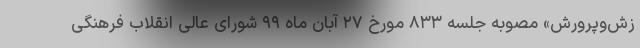
زش‌وپرورش» مصوبه جلسه ۸۳۳ مورخ ۲۷ آبان ماه ۹۹ شورای عالی انقلاب فرهنگی